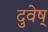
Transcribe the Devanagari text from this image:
दुवेष्